Scottish Leaving Certificate Examination, 1951
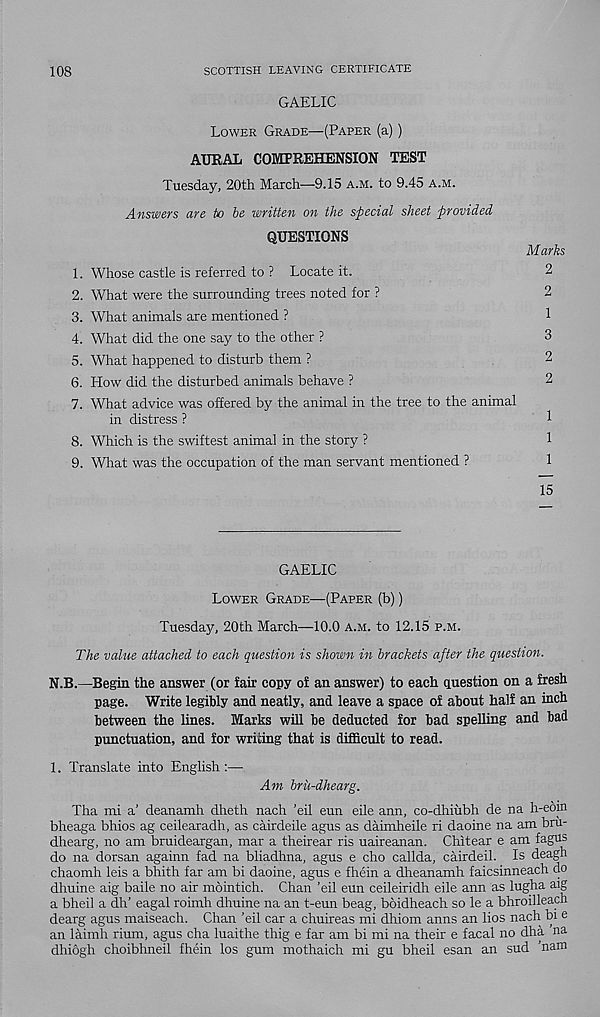
108
SCOTTISH LEAVING CERTIFICATE
GAELIC
Lower Grade—(Paper (a))
aural comprehension test
Tuesday, 20th March—9.15 a.m. to 9.45 a.m.
Answers ure to be written on the special sheet provided
QUESTIONS
1. Whose castle is referred to ? Locate it.
2. What were the surrounding trees noted for ?
3. What animals are mentioned ?
4. What did the one say to the other ?
5. What happened to disturb them ?
6. How did the disturbed animals behave ?
7. What advice was offered by the animal in the tree to the animal
in distress ?
8. Which is the swiftest animal in the story ?
9. What was the occupation of the man servant mentioned ?
GAELIC
Lower Grade—(Paper (b))
Tuesday, 20th March—10.0 a.m. to 12.15 p.m.
The value attached to each question is shown in brackets after the question.
N.B.—Begin the answer (or fair copy of an answer) to each question on a fresh
page. Write legibly and neatly, and leave a space of about half an inch
between the lines. Marks will be deducted for bad spelling and bad
punctuation, and for writing that is difficult to read.
1. Translate into English :—
Am brii-dhearg.
Tha mi a’ deanamh dheth nach ’eil eun eile ann, co-dhiubh de na h-eoin
bheaga bhios ag ceilearadh, as cairdeile agus as daimheile ri daoine na am bru-
dhearg, no am bruideargan, mar a theirear ris uaireanan. Chitear e am fagus
do na dorsan againn fad na bliadhna, agus e cho callda, cairdeil. Is deagh
chaomh leis a bhith far am bi daoine, agus e fhein a dheanamh faicsinneach do
dhuine aig baile no air mointich. Chan ’eil eun ceileiridh eile ann as lugha aig
a bheil a dh’ eagal roimh dhuine na an t-eun beag, boidheach so le a bhroilleach
dearg agus maiseach. Chan ’eil car a chuireas mi dhiom anns an lios nach bi e
an laimh rium, agus cha luaithe thig e far am bi mi na their e facal no dha na
dhiogh choibhneil fhein los gum mothaich mi gu bheil esan an sud ’nam
Marks
2
2
1
3
2
2
1
1
1
15